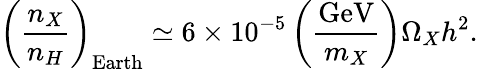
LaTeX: \left(\frac{n_{X}}{n_{H}}\right)_{\mathrm{Earth}}\simeq 6\times 10^{-5}\left(\frac{\mathrm{GeV}}{m_{X}}\right)\Omega_{X}h^{2}.